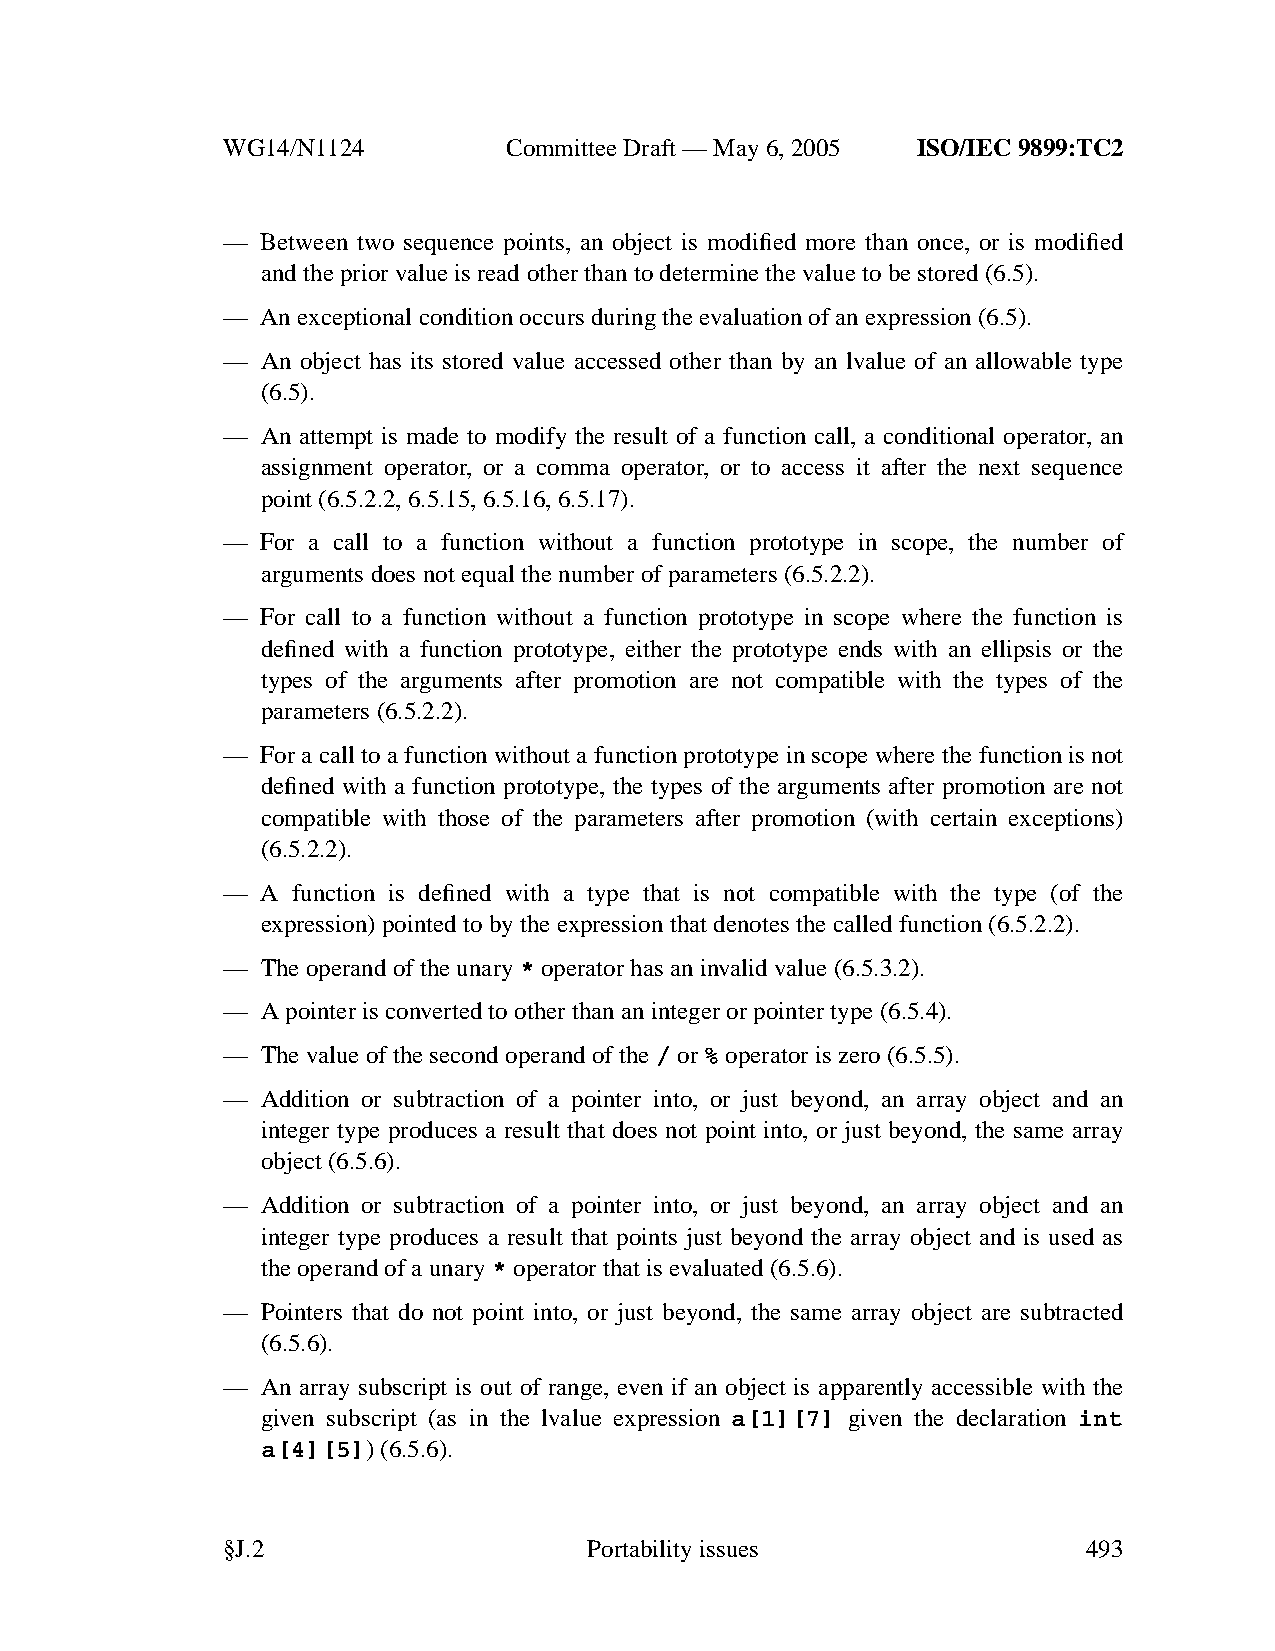
WG14/N1124        CommitteeDraft — May 6, 2005 ISO/IEC 9899:TC2
 — Between two sequence points, an object is modified more than once, or is modified
 and the prior value is read other than to determine the value to be stored (6.5).
 — Anexceptional condition occurs during the evaluation of an expression (6.5).
 — An object has its stored value accessed other than by an lvalue of an allowable type
 (6.5).
 — An attempt is made to modify the result of a function call, a conditional operator, an
 assignment operator, or a comma operator, or to access it after the next sequence
 point (6.5.2.2, 6.5.15, 6.5.16, 6.5.17).
 — For a call to a function without a function prototype in scope, the number of
 arguments does not equal the number of parameters (6.5.2.2).
 — For call to a function without a function prototype in scope where the function is
 defined with a function prototype, either the prototype ends with an ellipsis or the
 types of the arguments after promotion are not compatible with the types of the
 parameters (6.5.2.2).
 — For a call to a function without a function prototype in scope where the function is not
 defined with a function prototype, the types of the arguments after promotion are not
 compatible with those of the parameters after promotion (with certain exceptions)
 (6.5.2.2).
 — A function is defined with a type that is not compatible with the type (of the
 expression) pointed to by the expression that denotes the called function (6.5.2.2).
 — The operand of the unary* operator has an invalid value (6.5.3.2).
 — A pointer is converted to other than an integer or pointer type (6.5.4).
 — The value of the second operand of the/ or% operator is zero (6.5.5).
 — Addition or subtraction of a pointer into, or just beyond, an array object and an
 integer type produces a result that does not point into, or just beyond, the same array
 object (6.5.6).
 — Addition or subtraction of a pointer into, or just beyond, an array object and an
 integer type produces a result that points just beyond the array object and is used as
 the operand of a unary* operator that is evaluated (6.5.6).
 — Pointers that do not point into, or just beyond, the same array object are subtracted
 (6.5.6).
 — An array subscript is out of range, even if an object is apparently accessible with the
 given subscript (as in the lvalue expression a[1][7] given the declaration int
 a[4][5])(6.5.6).
 §J.2                    Portabilityissues                493